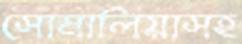
সোমালিয়াসহ